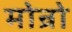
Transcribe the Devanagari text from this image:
मोन्रो